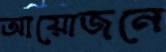
আয়োজনে